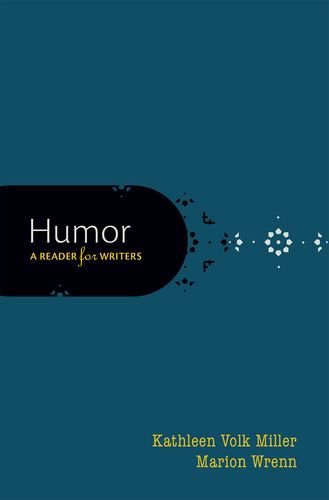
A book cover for Humor: A Reader for Writers; Kathleen Volk Miller; Humor & Entertainment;